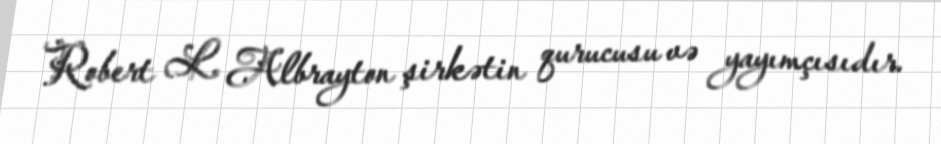
Robert L. Albrayton şirkətin qurucusu və yayımçısıdır.